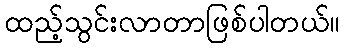
ထည့်သွင်းလာတာဖြစ်ပါတယ်။